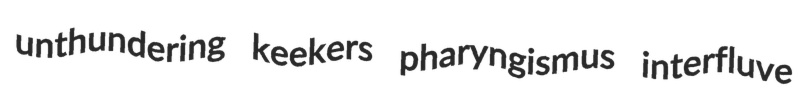
unthundering keekers pharyngismus interfluve